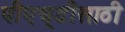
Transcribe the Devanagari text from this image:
पीएच्‌डीसाठी